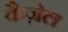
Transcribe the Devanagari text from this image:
कैज़ेल